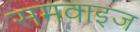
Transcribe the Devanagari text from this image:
समवाइज